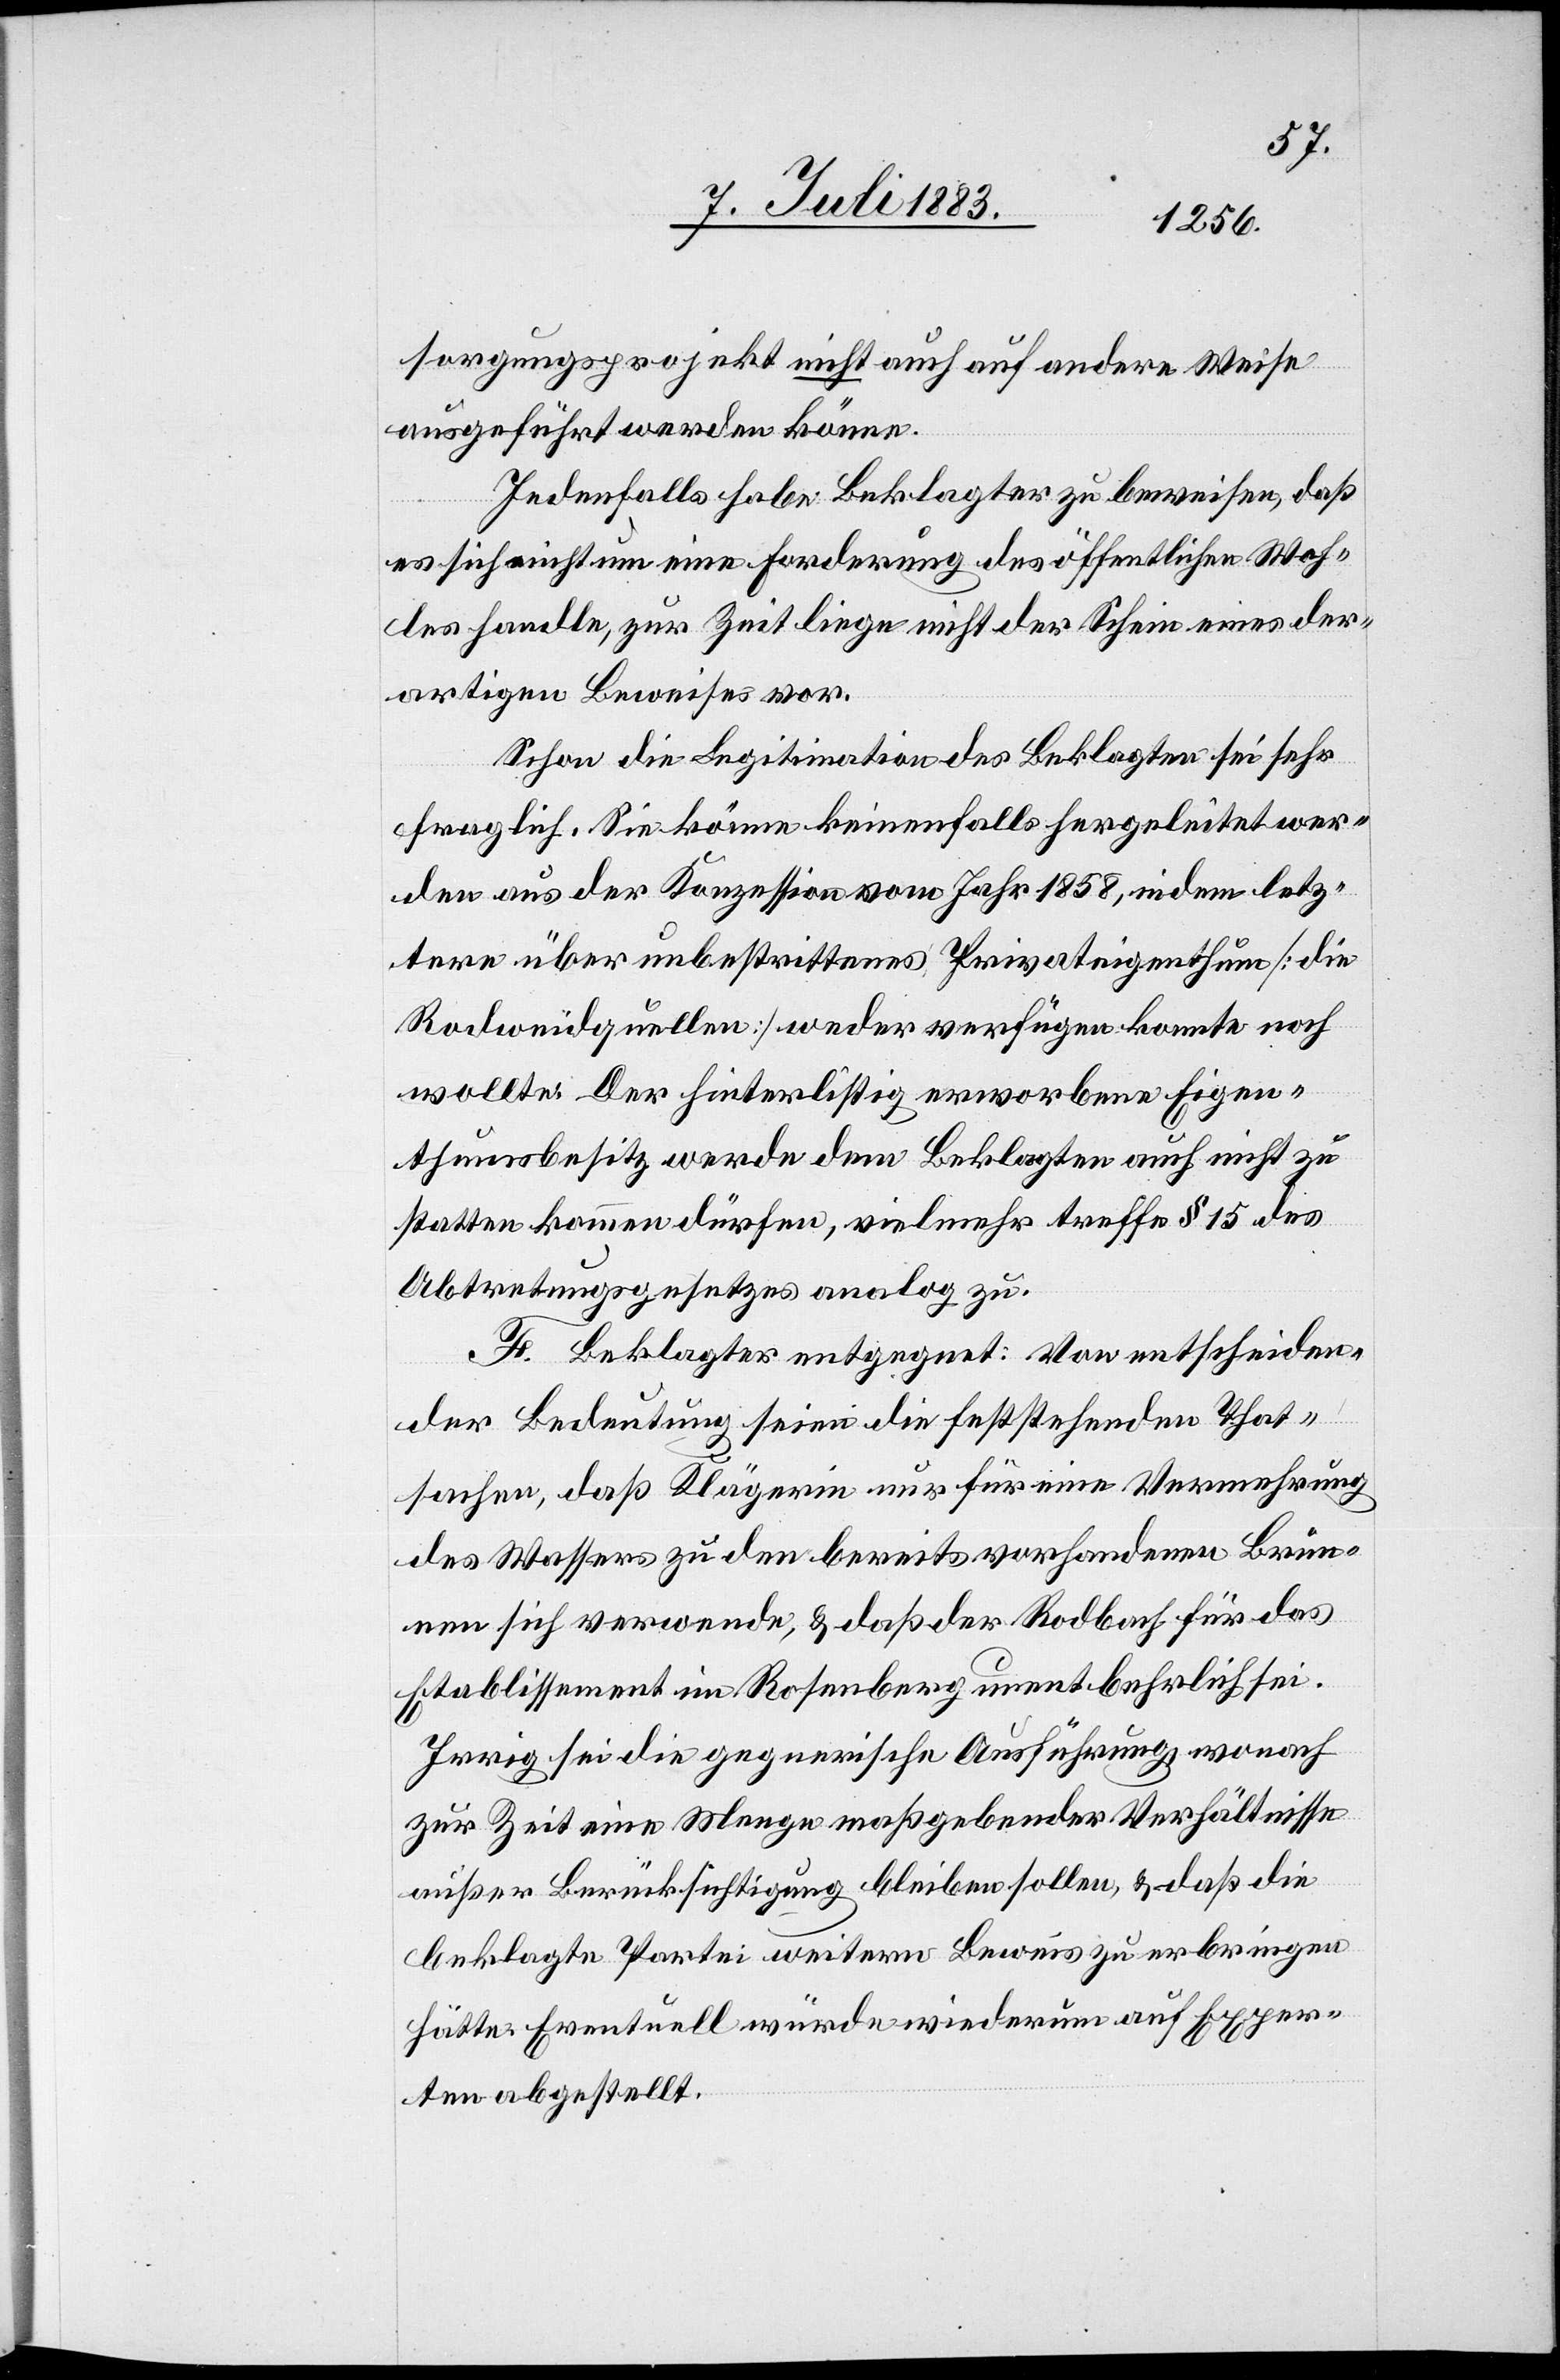
sorgungsprojekt nicht auch auf andere Weise
ausgeführt werden könne.
Jedenfalls habe Beklagter zu beweisen, daß
es sich nicht um eine Forderung des öffentlichen Woh¬
les handle, zur Zeit liege nicht der Schein eines der¬
artigen Beweises vor.
Schon die Legitimation des Beklagten sei sehr
fraglich. Sie könne keinenfalls hergeleitet wer¬
den aus der Konzession vom Jahr 1858, indem letz¬
tere über unbestrittenes Privateigenthum [die
Rodweidquellen] weder verfügen konnte noch
wollte. Der hinterlistig erworbene Eigen¬
thumsbesitz werde dem Beklagten auch nicht zu
statten kommen dürfen, vielmehr treffe § 15 des
Abtretungsgesetzes analog zu.
F. Beklagter entgegnet: Von entscheiden¬
der Bedeutung seien die feststehenden That¬
sachen, daß Klägerin nur für eine Vermehrung
des Wassers zu den bereits vorhandenen Brun¬
nen sich verwende, & daß der Rodbach für das
Etablissement im Rosenberg unentbehrlich sei.
Irrig sei die gegnerische Ausführung, wonach
zur Zeit eine Menge maßgebender Verhältnisse
außer Berücksichtigung bleiben sollen, & daß die
beklagte Partei weitern Beweis zu erbringen
hätte. Eventuell würde wiederum auf Exper¬
ten abgestellt.